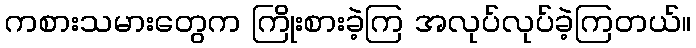
ကစားသမားတွေက ကြိုးစားခဲ့ကြ အလုပ်လုပ်ခဲ့ကြတယ်။